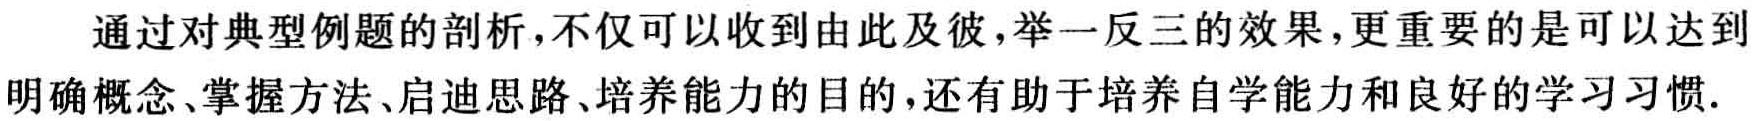
通过对典型例题的剖析，不仅可以收到由此及彼，举一反三的效果，更重要的是可以达到明确概念、掌握方法、启迪思路、培养能力的目的，还有助于培养自学能力和良好的学习习惯.